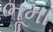
ભૂમા